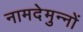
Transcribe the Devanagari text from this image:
नामदेमुन्नों